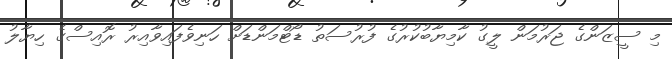
މި ސީޒަންގެ ޖަރުމަން ލީގު ކާމިޔާބުކުރުގެ ފުރުސަތު ޑޯޓްމަންޑަށް ހަނިވެފައިވާއިރު ރޮއިސްގެ ހިޔާލު